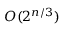
O ( 2 ^ { n / 3 } )